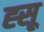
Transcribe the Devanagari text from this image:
ह्सू